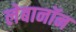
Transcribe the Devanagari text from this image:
लेबानॉन